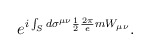
\begin{align*}e^{i \int_S d\sigma^{\mu\nu} \frac{1}{2} \frac{2\pi}{e} m W_{\mu\nu}} .\end{align*}